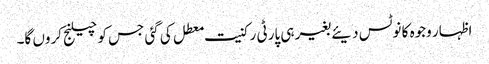
اظہار وجوہ کا نوٹس دیئے بغیر ہی پارٹی رکنیت معطل کی گئی جس کو چیلنج کروں گا۔